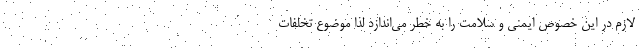
لازم در این خصوص ایمنی و سلامت را به خطر می‌اندازد لذا موضوع تخلفات